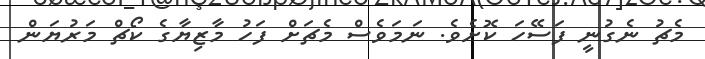
މެޗު ނެގުނީ ފަސޭހަ ކޮށެވެ. ނަމަވެސް މެޗަށް ފަހު މާޒިޔާގެ ކޯޗް މަރުޔަން